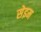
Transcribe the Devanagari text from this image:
सेइम